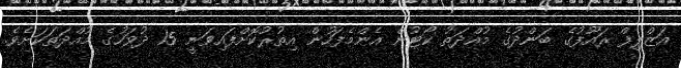
އަޒްލިފް ރައޫފުގެ ބަންދުގެ މުއްދަތު ކޯޓުން އެންމެފަހުން އިތުރުކޮށްފައިވަނީ 15 ދުވަހުގެ މުއްދަތަކަށެވެ.